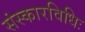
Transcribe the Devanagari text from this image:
संस्कारविधिः